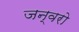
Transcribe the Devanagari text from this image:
जन्वरो